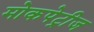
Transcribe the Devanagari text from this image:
मोकपेट्रीज